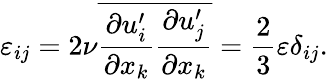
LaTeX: \varepsilon_{ij}=2\nu\overline{{\frac{\partial u_{i}^{\prime}}{\partial x_{k}}\frac{\partial u_{j}^{\prime}}{\partial x_{k}}}}=\frac{2}{3}\varepsilon\delta_{ij}.